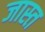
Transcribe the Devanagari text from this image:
जास्‍त्‍ा